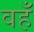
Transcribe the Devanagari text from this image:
वहँ